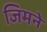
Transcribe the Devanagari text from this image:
जिमने